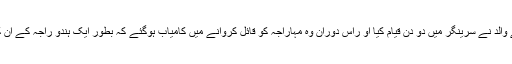
پارتھا سارتھی کا کہنا ہے کہ ان کے والد نے سرینگر میں دو دن قیام کیا او راس دوران وہ مہاراجہ کو قائل کروانے میں کامیاب ہوگئے کہ بطور ایک ہندو راجہ کے ان کا مستقبل بھارت میں ہی محفوظ ہے۔